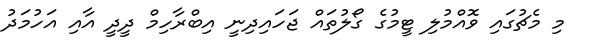
މި މެޗުގައި ވޮއްމުލި ޓީމުގެ ގޯލުތައް ޖަހައިދިނީ އިބްރާހިމް ދީދީ އާއި އަހުމަދު